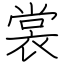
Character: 裳